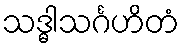
သဒ္ဓါသင်္ဂဟိတံ